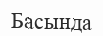
Басында